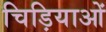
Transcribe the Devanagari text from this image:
चिड़ियाओं